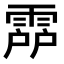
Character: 𩃞